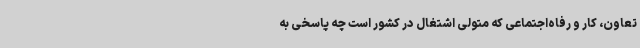
تعاون، کار و رفاه‌اجتماعی که متولی اشتغال در کشور است چه پاسخی به